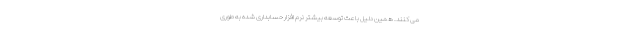
می کنند. همین دلیل باعث توسعه بیشتر نرم افزار حسابداری شده به طوری